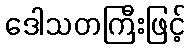
ဒေါသတကြီးဖြင့်